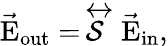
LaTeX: \vec{\mathrm{E}}_{\mathrm{{out}}}=\stackrel{\leftrightarrow}{\mathcal{S}}\vec{\mathrm{E}}_{\mathrm{{in}}},